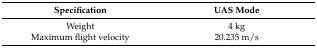
| Specification | UAS Mode |
 | --- | --- |
 | Weight | 4 kg |
 | Maximum flight velocity | 20.235 m/s |